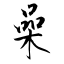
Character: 喿